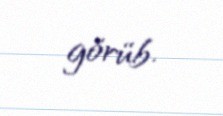
görüb.